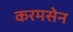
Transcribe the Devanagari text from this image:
करमसेन